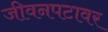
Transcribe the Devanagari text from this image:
जीवनपटावर